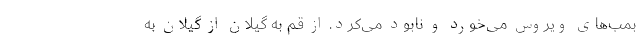
بمب‌های ویروس می‌خورد و نابود می‌کرد. از قم به گیلان از گیلان به